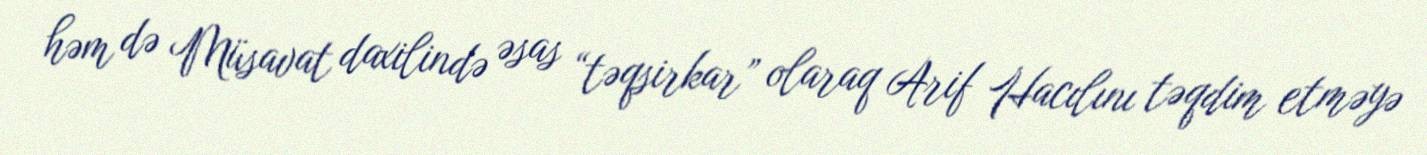
həm də Müsavat daxilində əsas “təqsirkar” olaraq Arif Hacılını təqdim etməyə